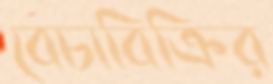
বেচাবিক্রির